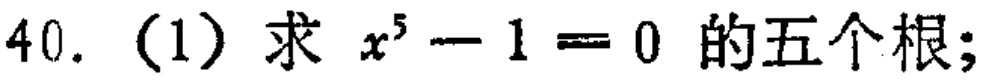
$40.\ (1)\ 求\ x^{5}-1 = 0\ 的五个根;$